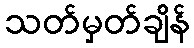
သတ်မှတ်ချိန်